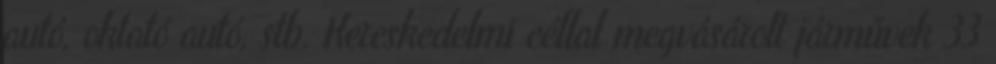
autó, oktató autó, stb. Kereskedelmi céllal megvásárolt járművek 33